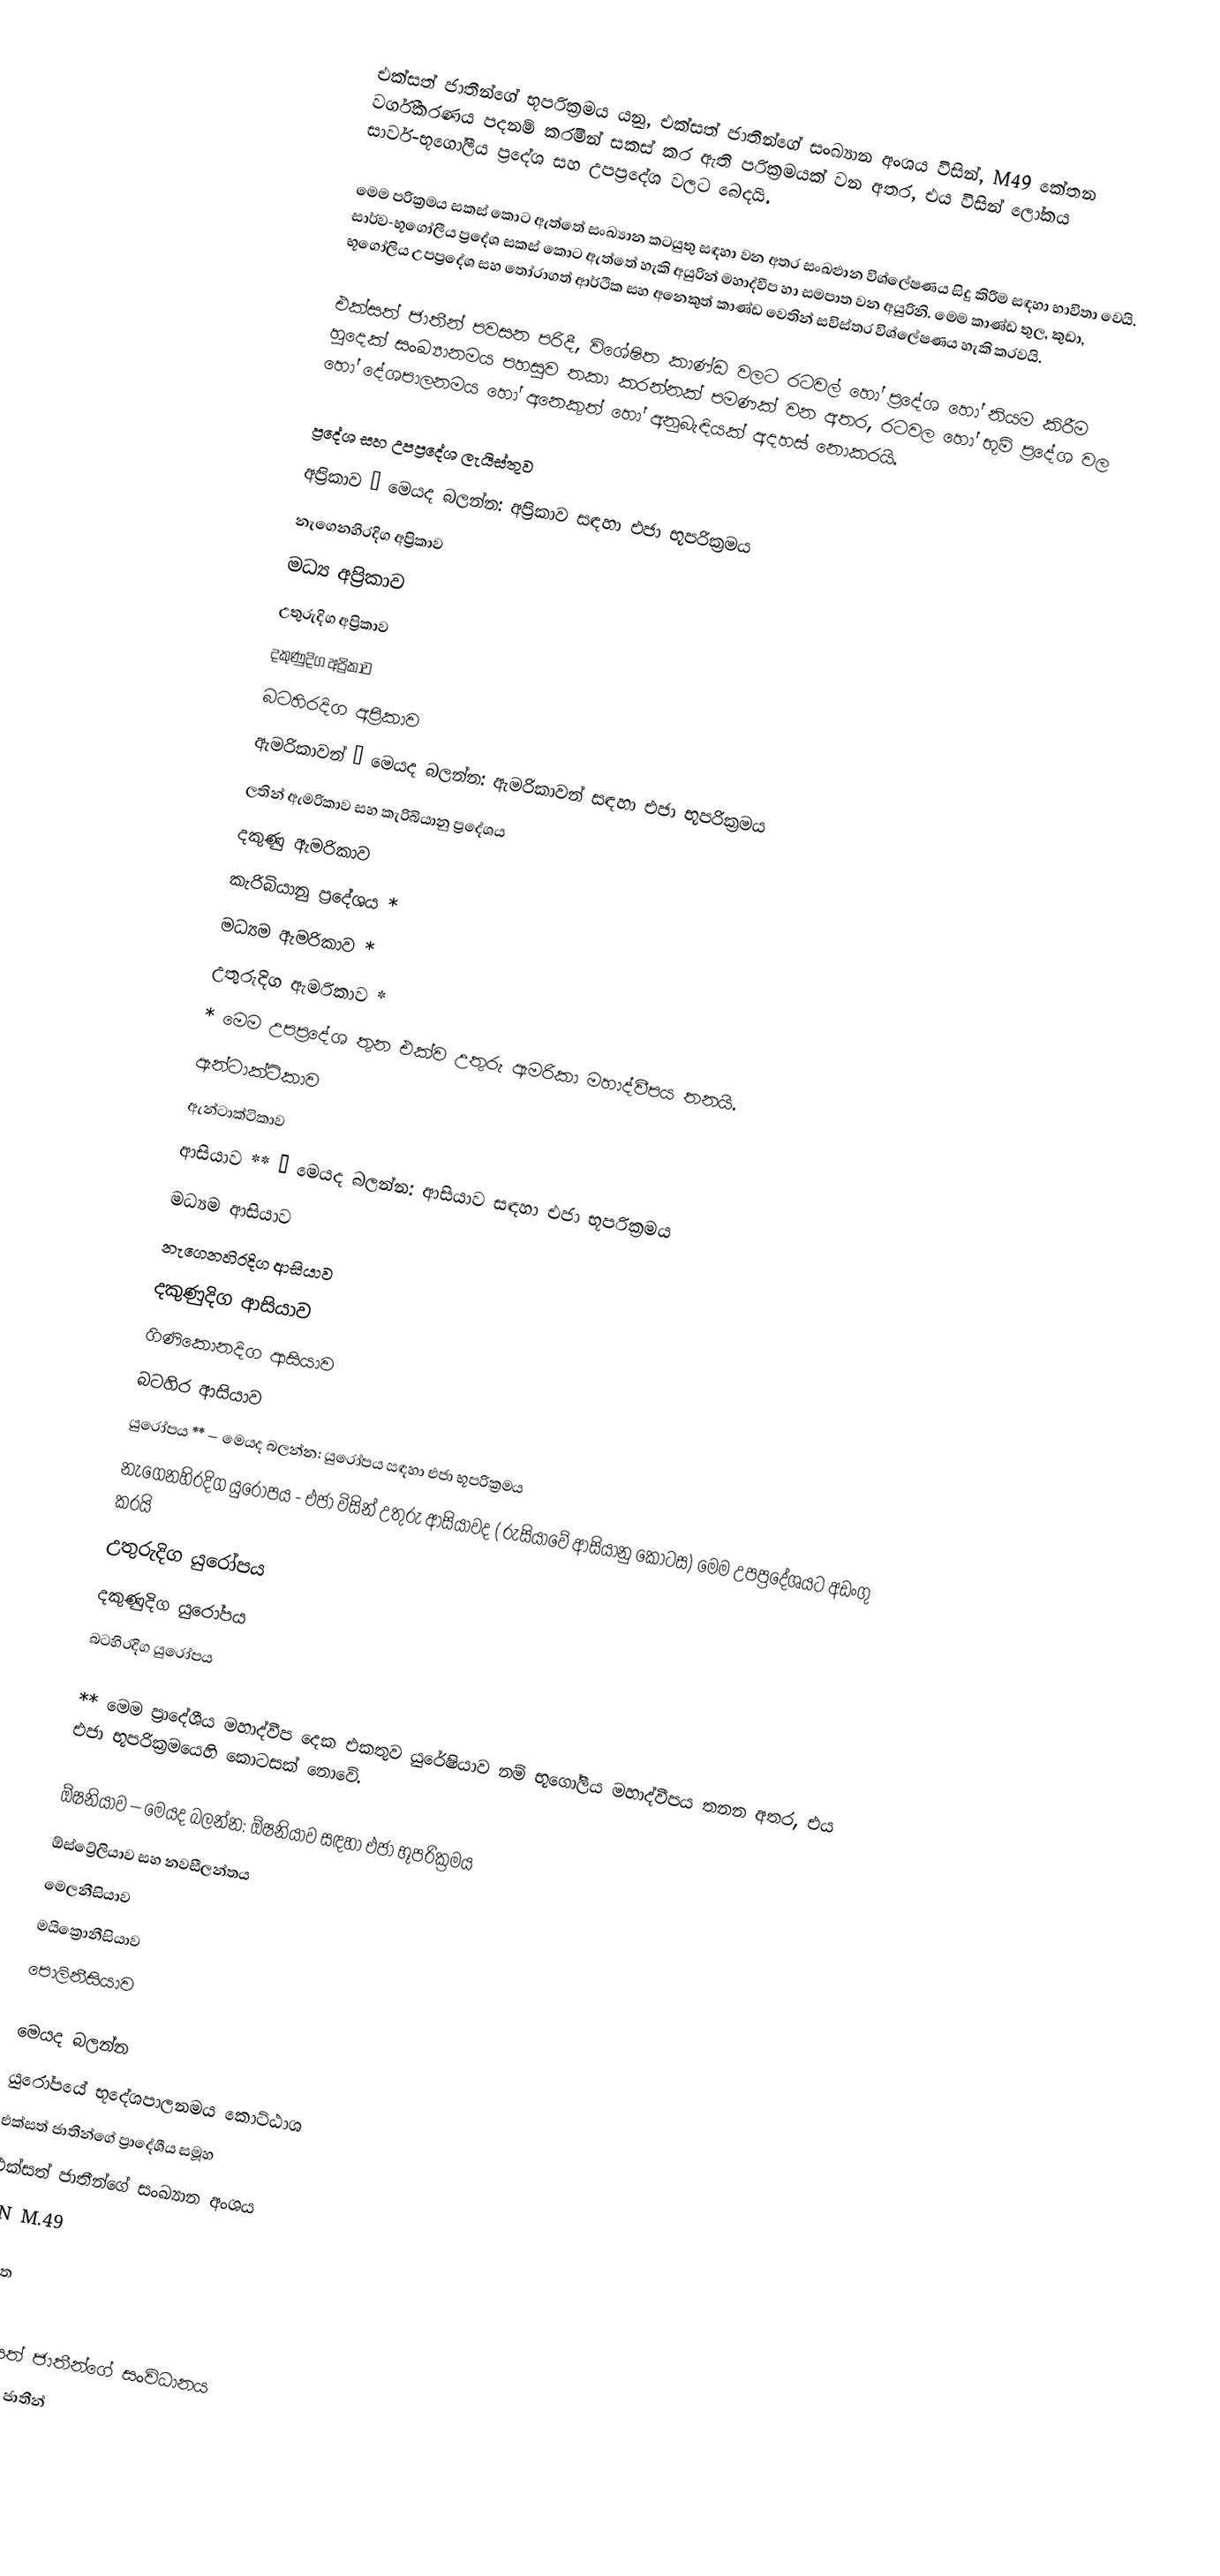
එක්සත් ජාතීන්ගේ භූපරික්‍රමය යනු, එක්සත් ජාතීන්ගේ සංඛ්‍යාන අංශය විසින්,  M49 කේතන වර්ගීකරණය පදනම් කරමින් සකස් කර ඇති පරික්‍රමයක් වන අතර, එය විසින් ලෝකය සාර්ව-භූගෝලීය ප්‍රදේශ සහ උපප්‍රදේශ වලට බෙදයි.

මෙම පරික්‍රමය සකස් කොට ඇත්තේ සංඛ්‍යාන කටයුතු සඳහා වන අතර සංඛළුාන විශ්ලේෂණය සිදු කිරීම සඳහා භාවිතා වෙයි. සාර්ව-භූගෝලීය ප්‍රදේශ සකස් කොට ඇත්තේ හැකි අයුරින් මහාද්වීප හා සමපාත වන අයුරිනි. මෙම කාණ්ඩ තුල, කුඩා, භූගෝලිය උපප්‍රදේශ සහ තෝරාගත් ආර්ථික සහ අනෙකුත් කාණ්ඩ වෙතින් සවිස්තර විශ්ලේෂණය හැකි කරවයි.

එක්සත් ජාතීන් පවසන පරිදී, විශේෂිත කාණ්ඩ වලට රටවල් හෝ ප්‍රදේශ හෝ ‍නියම කිරීම හුදෙක් සංඛ්‍යානමය පහසුව තකා කරන්නක්  පමණක් වන අතර, රටවල  හෝ භූමි ප්‍රදේශ වල හෝ දේශපාලනමය හෝ අනෙකුත් හෝ අනුබැඳියක් අදහස් නොකරයි.

ප්‍රදේශ සහ උපප්‍රදේශ ලැයිස්තුව
 අප්‍රිකාව – මෙයද බලන්න: අප්‍රිකාව සඳහා එජා භූපරික්‍රමය
 නැගෙනහිරදිග අප්‍රිකාව
 මධ්‍ය අප්‍රිකාව
 උතුරුදිග අප්‍රිකාව
 දකුණුදිග අප්‍රිකාව
 බටහිරදිග අප්‍රිකාව
 ඇමරිකාවන් – මෙයද බලන්න: ඇමරිකාවන් සඳහා එජා භූපරික්‍රමය
 ලතින් ඇමරිකාව සහ  කැරිබියානු ප්‍රදේශය
 දකුණු ඇමරිකාව
 කැරිබියානු ප්‍රදේශය *
 මධ්‍යම ඇමරිකාව *
 උතුරුදිග ඇමරිකාව *
* මෙම උපප්‍රදේශ තුන එක්ව  උතුරු ඇමරිකා මහාද්වීපය තනයි.
 ඇන්ටාක්ටිකාව
 ඇන්ටාක්ටිකාව
 ආසියාව ** – මෙයද බලන්න: ආසියාව සඳහා එජා භූපරික්‍රමය
 මධ්‍යම ආසියාව
 නැගෙනහිරදිග ආසියාව
 දකුණුදිග ආසියාව
 ගිණිකොනදිග ආසියාව
 බටහිර ආසියාව
  යුරෝපය ** – මෙයද බලන්න: යුරෝපය සඳහා එජා භූපරික්‍රමය
  නැගෙනහිරදිග  යුරෝපය - එජා විසින් උතුරු ආසියාවද ( රුසියාවේ ආසියානු කොටස) මෙම උපප්‍රදේශයට අඩංගු කරයි
  උතුරුදිග යුරෝපය
  දකුණුදිග යුරෝපය
  බටහිරදිග යුරෝපය

** මෙම ප්‍රාදේශීය මහාද්වීප දෙක එකතුව  යුරේෂියාව නම් භූගෝලීය මහාද්වීපය තනන අතර, එය එජා භූපරික්‍රමයෙහි කොටසක් නොවේ.

 ඕෂනියාව – මෙයද බලන්න: ඕෂනියාව සඳහා එජා භූපරික්‍රමය
 ඕස්ට්‍රේලියාව සහ නවසීලන්තය
 මෙලනීසියාව
 මයික්‍රොනීසියාව
 පොලිනීසියාව

මෙයද බලන්න
 යුරෝපයේ භූදේශපාලනමය කොට්ඨාශ
 එක්සත් ජාතීන්ගේ ප්‍රාදේශීය සමූහ
 එක්සත් ජාතීන්ගේ සංඛ්‍යාන අංශය
 UN M.49

ආශ්‍රිත

එක්සත් ජාතීන්ගේ සංවිධානය
එක්සත් ජාතීන්